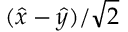
( \hat { x } - \hat { y } ) / \sqrt { 2 }